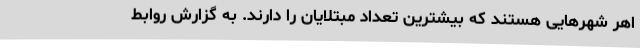
اهر شهرهایی هستند که بیشترین تعداد مبتلایان را دارند. به گزارش روابط